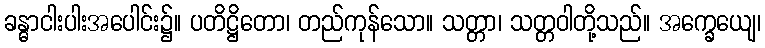
ခန္ဓာငါးပါးအပေါင်း၌။ ပတိဋ္ဌိတော၊ တည်ကုန်သော။ သတ္တာ၊ သတ္တဝါတို့သည်။ အက္ခေယျေ၊